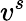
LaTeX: v^{s}